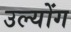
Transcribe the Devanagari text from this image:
उल्योंग